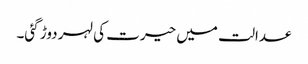
عدالت میں حیرت کی لہر دوڑ گئی۔